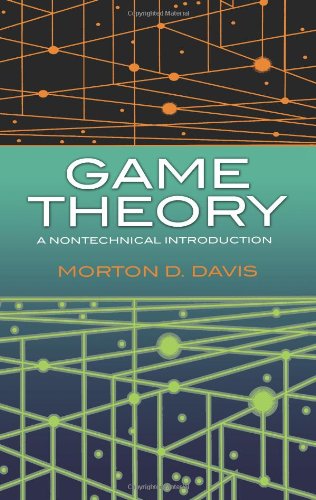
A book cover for Game Theory: A Nontechnical Introduction (Dover Books on Mathematics); Morton D. Davis; Science & Math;